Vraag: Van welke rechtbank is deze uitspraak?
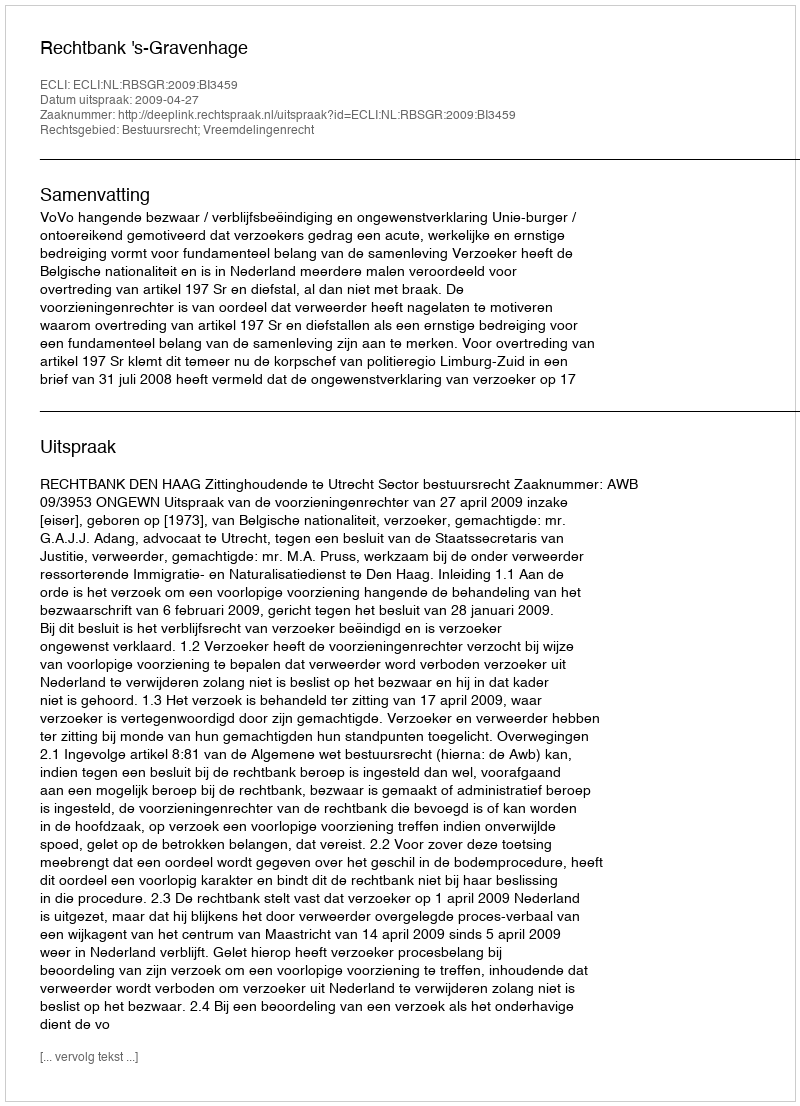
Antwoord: Rechtbank 's-Gravenhage